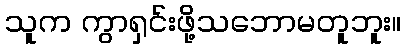
သူက ကွာရှင်းဖို့သဘောမတူဘူး။